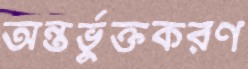
অন্তর্ভুক্তকরণ